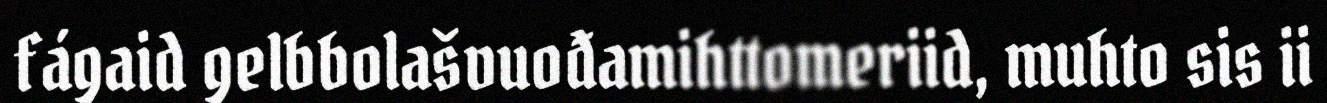
fágaid gelbbolašvuođamihttomeriid, muhto sis ii